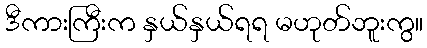
ဒီကားကြီးက နှယ်နှယ်ရရ မဟုတ်ဘူးကွ။